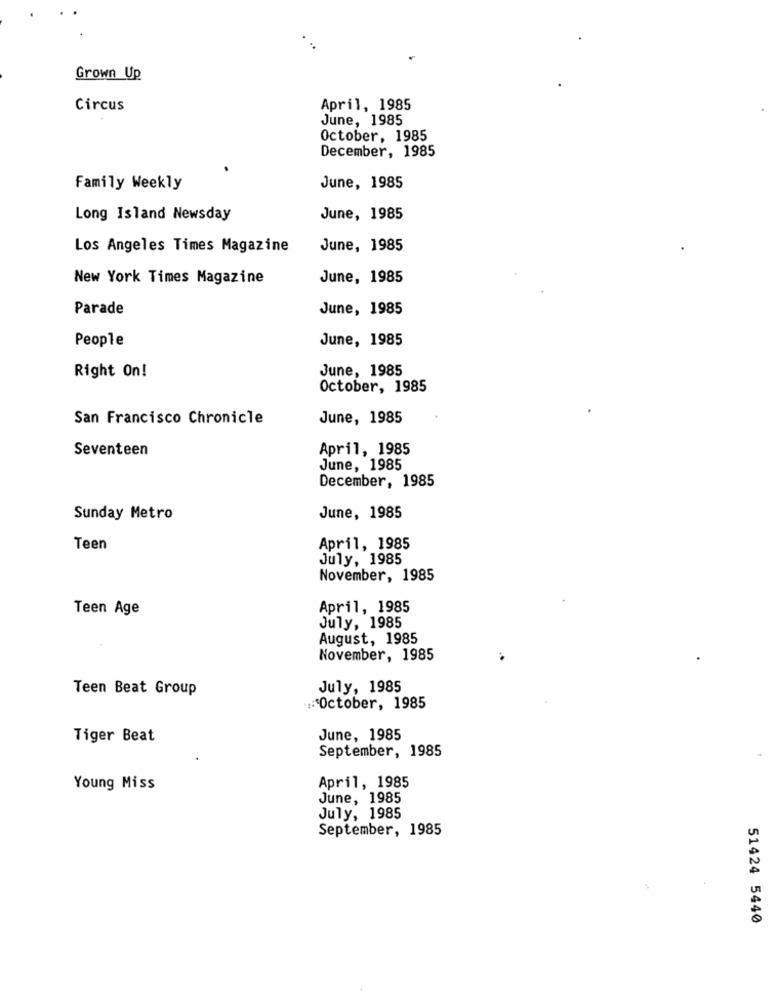
Grown Up
Circus
April, 1985
June, 1985
October, 1985
December, 1985
Family Weekly
June, 1985
Long Island Newsday
June, 1985
Los Angeles Times Magazine
June, 1985
New York Times Magazine
June, 1985
Parade
June, 1985
People
June, 1985
Right On!
June, 1985
October, 1985
San Francisco Chronicle
June, 1985
Seventeen
April, 1985
June, 1985
December, 1985
Sunday Metro
June, 1985
Teen
April, 1985
July, 1985
November, 1985
Teen Age
April, 1985
July, 1985
August, 1985
November, 1985
Teen Beat Group
July, 1985
October, 1985
Tiger Beat
June, 1985
September, 1985
Young Miss
April, 1985
June, 1985
July, 1985
September, 1985
51424 5440